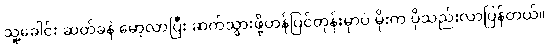
သူ့ခေါင်း ဆတ်ခနဲ မော့လာပြီး ဆက်သွားဖို့ဟန်ပြင်တုန်းမှာပဲ မိုးက ပိုသည်းလာပြန်တယ်။